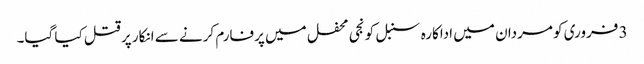
3 فروری کو مردان میں اداکارہ سنبل کو نجی محفل میں پرفارم کرنے سے انکار پر قتل کیا گیا۔